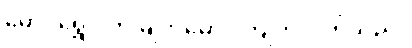
မောင်ရွှေဝါက မျက်မှောင်ကြုတ်လိုက်သည်။